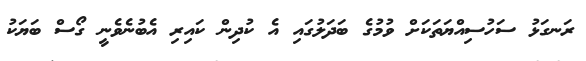
ރަނގަޅު ސަހުސިއްޔަތަކަށް ވުމުގެ ބަދަލުގައި އެ ކުދިން ކައިރި އެބުނެވެނީ ގޯސް ބަޔަކު